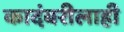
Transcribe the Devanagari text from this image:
कादंबरीलाही